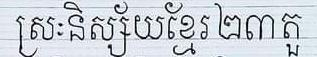
ស្រៈនិស្ស័យខ្មែរ២៣តួ